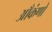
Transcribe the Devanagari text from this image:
आँकंणों